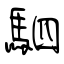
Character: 駟